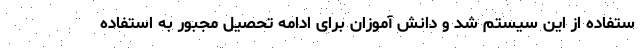
ستفاده از این سیستم شد و دانش آموزان برای ادامه تحصیل مجبور به استفاده